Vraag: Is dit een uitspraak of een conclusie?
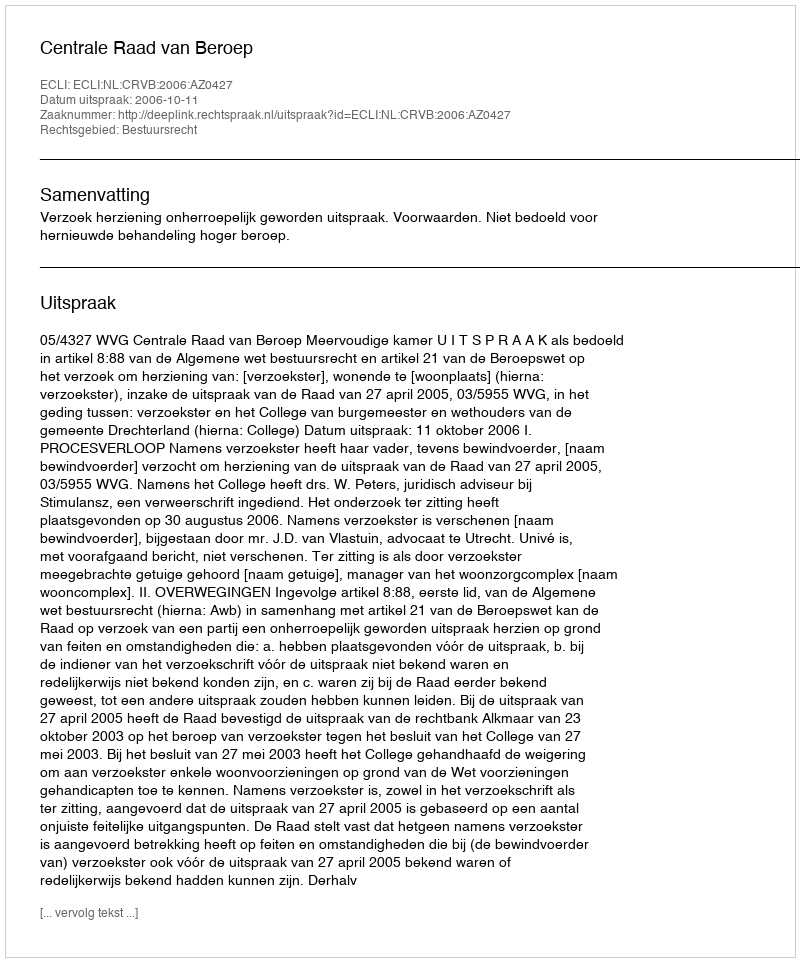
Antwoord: Uitspraak